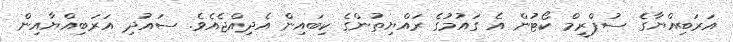
އަރަބިއްޔާގެ ސުޕްރީމް ކޯޓުން އެ ގައުމުގެ ރައްޔިތުންގެ ކިބައިން އެދިއްޖެއެވެ. ސައުދި އަރަބިއްޔާއިން